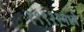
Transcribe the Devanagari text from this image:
१९९२२मध्ये